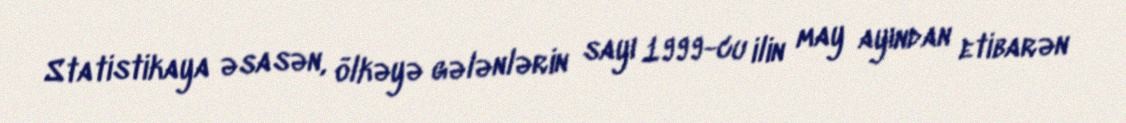
Statistikaya əsasən, ölkəyə gələnlərin sayı 1999-cu ilin may ayından etibarən